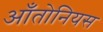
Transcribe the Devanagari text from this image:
आँतोनियस